Leaving Certificate Examination (including Day School Certificate (Higher) General paper), 1929
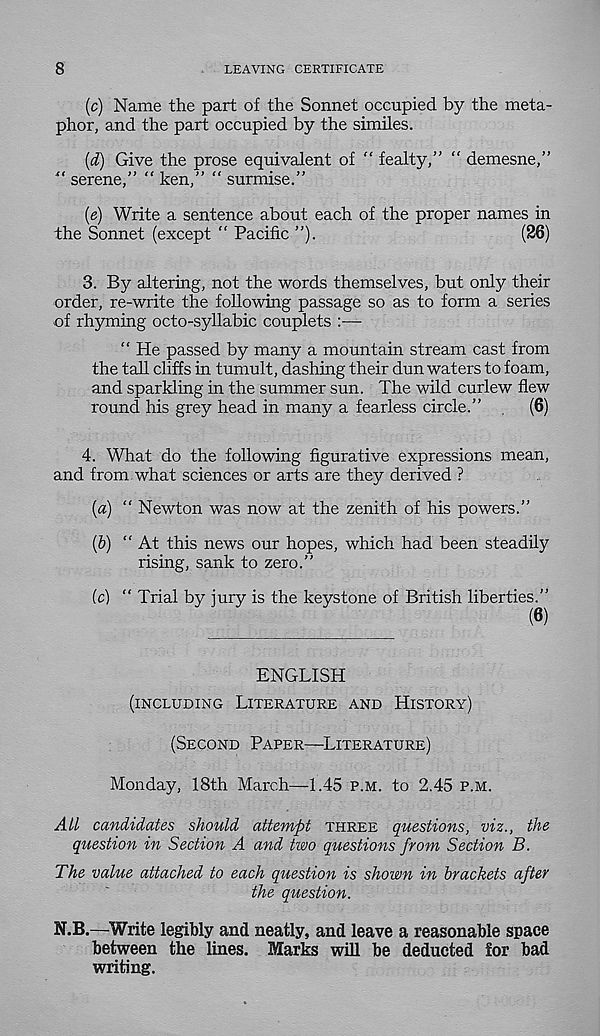
8
LEAVING CERTIFICATE
(c) Name the part of the Sonnet occupied by the meta-
phor, and the part occupied by the similes.
(d) Give the prose equivalent of “ fealty,” " demesne,”
“ serene,” " ken,” “ surmise.”
{e) Write a sentence about each of the proper names in
the Sonnet (except “ Pacific ”).
(26)
3. By altering, not the words themselves, but only their
order, re-write the following passage so as to form a series
of rhyming octo-syllabic couplets
“ He passed by many a mountain stream cast from
the tall cliffs in tumult, dashing their dun waters to foam,
and sparkling in the summer sun. The wild curlew flew
round his grey head in many a fearless circle.”
(6)
4. What do the following figurative expressions mean,
and from what sciences or arts are they derived ?
{a) “ Newton was now at the zenith of his powers.”
(b) “ At this news our hopes, which had been steadily
rising, sank to zero.”
(c) “ Trial by jury is the keystone of British liberties.”
ENGLISH
(INCLUDING LITERATURE AND HISTORY)
(SECOND PAPER—LITERATURE)
Monday, 18th March—1.45 P.M. to 2.45 P.M.
All candidates should attempt THREE questions, viz., the
question in Section A and two questions from Section B.
The value attached to each question is shown in brackets after
the question.
N.B.—Write legibly and neatly, and leave a reasonable space
between the lines. Marks will be deducted for bad
writing.